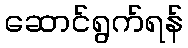
ဆောင်ရွက်ရန်